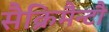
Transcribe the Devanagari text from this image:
सैक्रिमैन्टौ